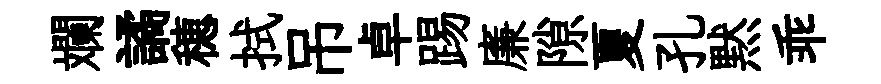
斕譎穂拭吊卓踢廉隙夏孔黙乖